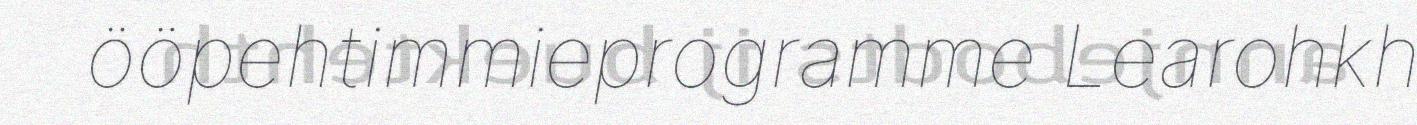
ööpehtimmieprogramme Learohkh